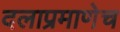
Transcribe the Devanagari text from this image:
दलाप्रमाणेच